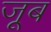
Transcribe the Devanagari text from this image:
जूब